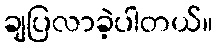
ချပြလာခဲ့ပါတယ်။